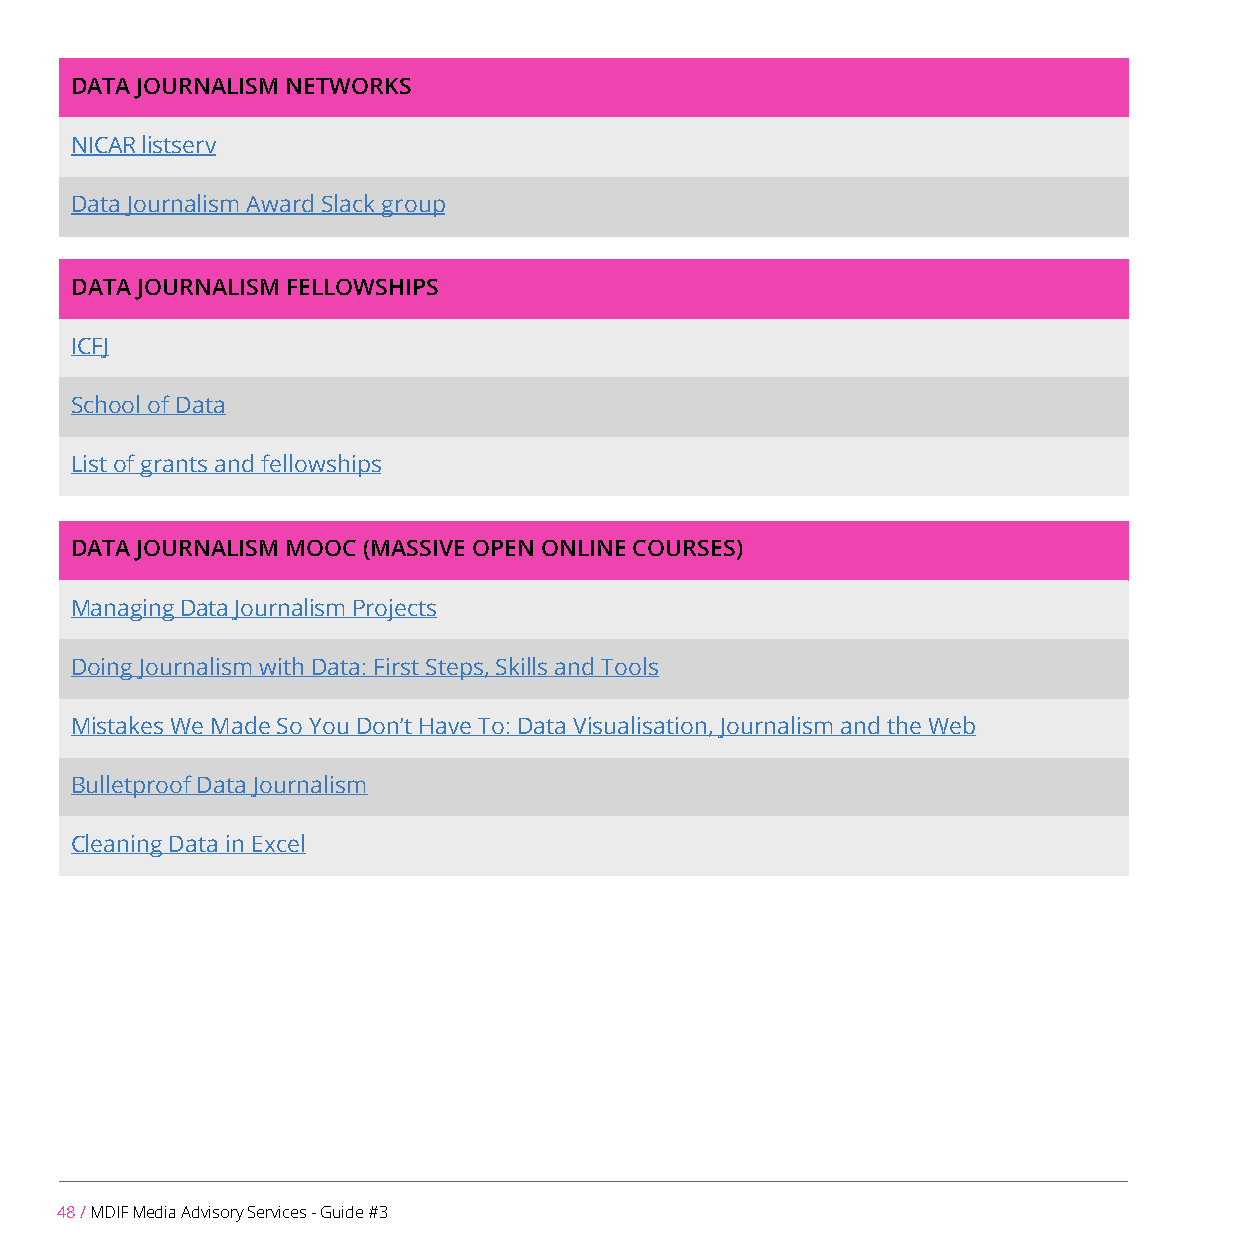
DATA JOURNALISM NETWORKS
 NICAR listserv
 Data Journalism Award Slack group
 DATA JOURNALISM FELLOWSHIPS
 ICFJ
 School of Data
 List of grants and fellowships
 DATA JOURNALISM MOOC (MASSIVE OPEN ONLINE COURSES)
 Managing Data Journalism Projects
 Doing Journalism with Data: First Steps, Skills and Tools
 Mistakes We Made So You Don’t Have To: Data Visualisation, Journalism and the Web
 Bulletproof Data Journalism
 Cleaning Data in Excel
 48 / MDIF Media Advisory Services - Guide #3